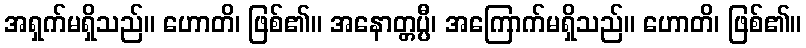
အရှက်မရှိသည်။ ဟောတိ၊ ဖြစ်၏။ အနောတ္တပ္ပီ၊ အကြောက်မရှိသည်။ ဟောတိ၊ ဖြစ်၏။